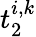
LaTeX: t_{2}^{i,k}